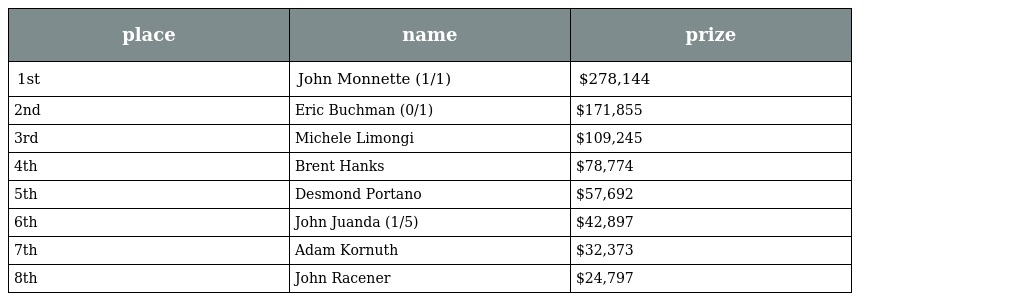
| place | name | prize |
 | --- | --- | --- |
 | 1st | John Monnette (1/1) | $278,144 |
 | 2nd | Eric Buchman (0/1) | $171,855 |
 | 3rd | Michele Limongi | $109,245 |
 | 4th | Brent Hanks | $78,774 |
 | 5th | Desmond Portano | $57,692 |
 | 6th | John Juanda (1/5) | $42,897 |
 | 7th | Adam Kornuth | $32,373 |
 | 8th | John Racener | $24,797 |